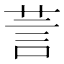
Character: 䓂